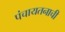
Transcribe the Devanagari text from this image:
पंचायतनाची